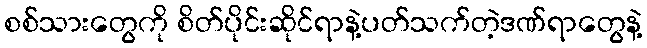
စစ်သားတွေကို စိတ်ပိုင်းဆိုင်ရာနဲ့ပတ်သက်တဲ့ဒဏ်ရာတွေနဲ့